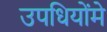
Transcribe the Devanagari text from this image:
उपधियोंमे